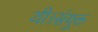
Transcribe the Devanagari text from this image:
थी।संयुक्त